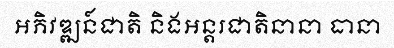
អភិវឌ្ឍន៍ជាតិ និងអន្តរជាតិនានា ធានា